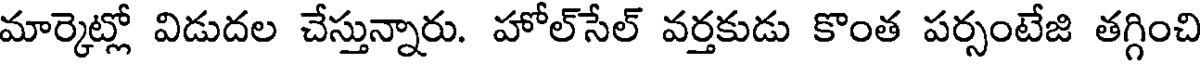
మార్కెట్లో విడుదల చేస్తున్నారు. హోల్సేల్ వర్తకుడు కొంత పర్సంటేజి తగ్గించి